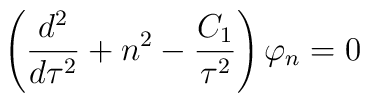
\left({d^2\over d\tau^2}+n^2- {C_{1}\over \tau^{2}} \right)\varphi_{n}=0